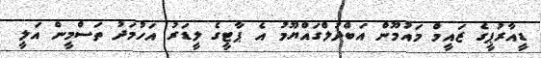
ޑީއާރުޕީގެ ޒައީމް މައުމޫން އަބްދުލްގައްޔޫމު އެ ޕާޓީގެ ލީޑަރު އަހުމަދު ތަސްމީން އަލީ